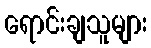
ရောင်းချသူများ